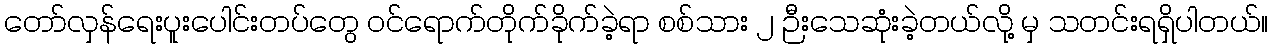
တော်လှန်ရေးပူးပေါင်းတပ်တွေ ဝင်ရောက်တိုက်ခိုက်ခဲ့ရာ စစ်သား ၂ ဉီးသေဆုံးခဲ့တယ်လို့ မှ သတင်းရရှိပါတယ်။